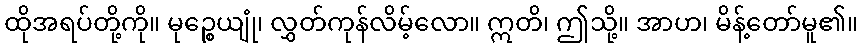
ထိုအရပ်တို့ကို။ မုဉ္စေယျုံ၊ လွှတ်ကုန်လိမ့်လော။ ဣတိ၊ ဤသို့။ အာဟ၊ မိန့်တော်မူ၏။